Annual report on the working of the mental hospitals in the Madras Presidency - 1912-1932
Year: 1912
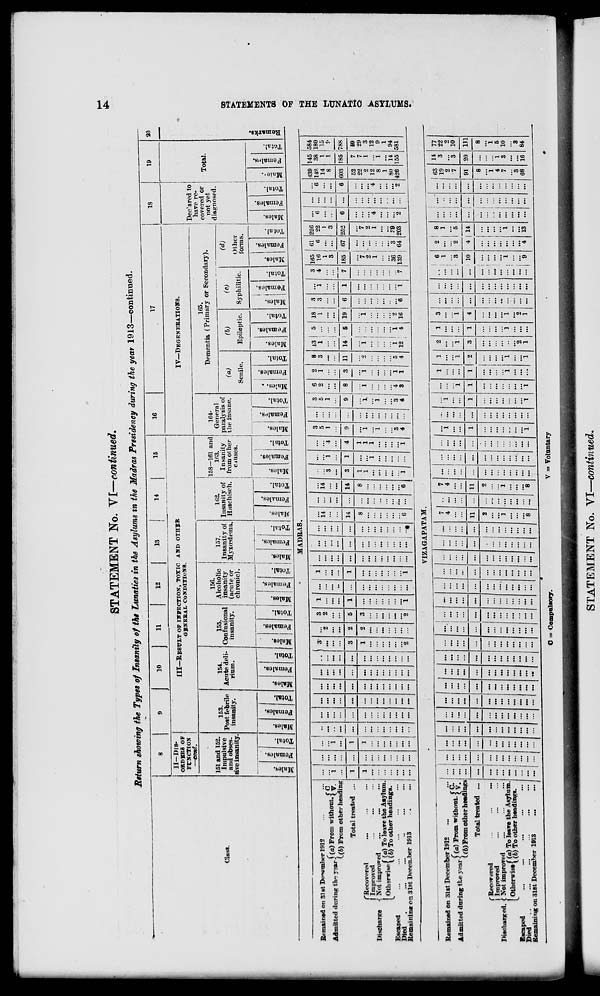
14
STATEMENTS OF THE LtJNATlO ASYLUMS.
s I
•Burma's
"WOl
•sufBtue^
•gshi
P
5 TJ
"imoj,
•SHI'S UI9,i
•S91T?H[
■>? o is o.
OOOO rH
> 31 CO IN 01 rH HJ i-l
m rH
OS oo m
St*H ; rH • ^ in
N»1«(NI10H30
IQOI H
00 Si
•*
g *
•C I
OS
•p»V>X
•sdiimia,!!
•89l11It
MNSIO I n I 00 !HIOO ■ OO ^l
t-OJ
H | ri |
!
rH I
00
««l«l>
:
:■*
: :<N
O IN — CO
■N GN
IN
51
in
IN
; fc» o^i H . :e»eo
rH'X J •
o
: : to
: : : :
: "co
in co « co
CO i-
m
00
;t»01 rH : ;oo
rj I ao ir^ •*!> ;eoco
oi I
: to
00 rH • m I •*
:
| rH
HJ
IN : ;IN